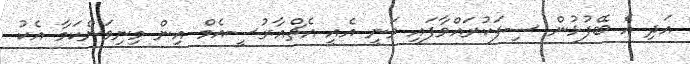
އަދި އެ ބޭފުޅުން ސިފަކުރައްވާފައި ވަނީ އެއީ އެޗްއާރުސީއެމް އިން މިނިވަންކަމާ އެކު